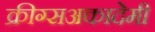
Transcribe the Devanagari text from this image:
क्रीग्सअकादेमी